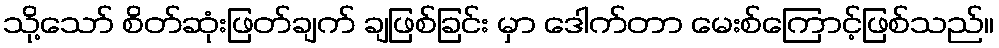
သို့သော် စိတ်ဆုံးဖြတ်ချက် ချဖြစ်ခြင်း မှာ ဒေါက်တာ မေးစ်ကြောင့်ဖြစ်သည်။